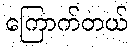
ကြောက်တယ်